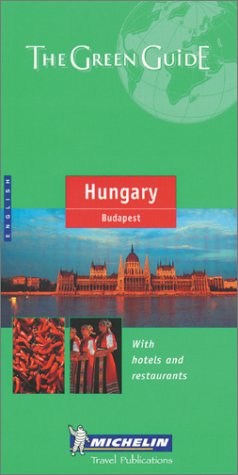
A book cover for Michelin The Green Guide Hungary/Budapest (Michilin Green Guides); Michelin Travel Publications; Travel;